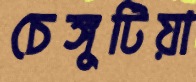
চেঙ্গুটিয়া